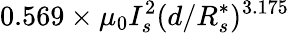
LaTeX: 0.569\times\mu_{0}I_{s}^{2}(d/R_{s}^{\ast})^{3.175}